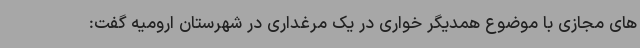
های مجازی با موضوع همدیگر خواری در یک مرغداری در شهرستان ارومیه گفت: